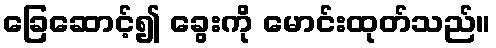
ခြေဆောင့်၍ ခွေးကို မောင်းထုတ်သည်။